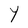
Character: Y